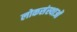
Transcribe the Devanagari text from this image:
लोकसंस्थाओं